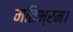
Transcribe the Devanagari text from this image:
मतिभ्रम।